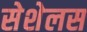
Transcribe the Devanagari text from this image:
सेशेलस